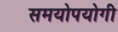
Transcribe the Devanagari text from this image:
समयोपयोगी